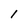
Character: 1